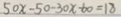
5 0 x - 5 0 - 3 0 x - 6 0 = 1 8